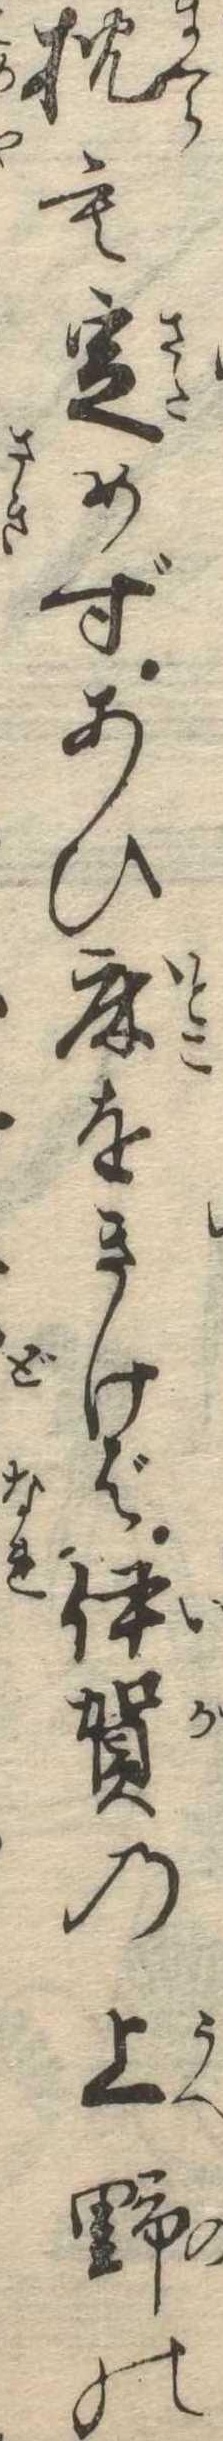
枕も定めずあひ床をきけば伊賀の上野の